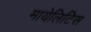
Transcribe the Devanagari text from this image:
मायेलिटिस